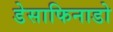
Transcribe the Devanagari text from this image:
डेसाफिनाडो